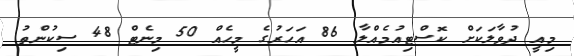
މިއީ ދުވާލަކަށް ކޮސްޓިއުމެއްލާ 86 އަހަރުގެ މީހެއް 50 މިނެޓް 48 ސިކުންތު